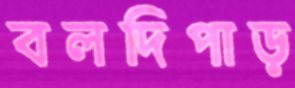
বলদিপাড়